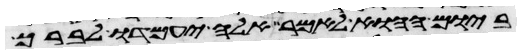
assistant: ביום ההוא לאמר אלה יעמדו לברך